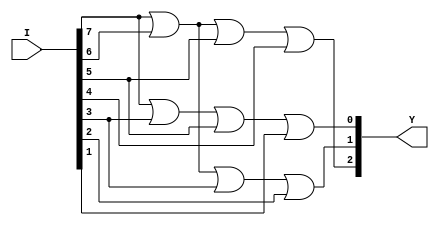
module encoder83(I,Y);
output [0:2]Y;
input [0:7]I;
assign Y[0]=I[0]|I[1]|I[2]|I[3];
assign Y[1]=I[0]|I[1]|I[4]|I[5];
assign Y[2]=I[0]|I[4]|I[2]|I[6];
endmodule